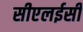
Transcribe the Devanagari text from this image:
सीएलईसी